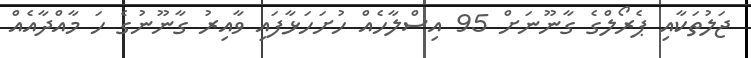
ޖަލުތަކާއި ޕެރޯލްގެ ގާނޫނަށް 95 އިސްލާހެއް ހުށަހަޅާފައި ވާއިރު ގާނޫނުގެ ހަ މާއްދާއެއް